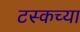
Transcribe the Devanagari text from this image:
टस्कच्या